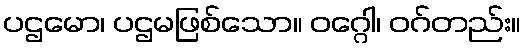
ပဌမော၊ ပဌမဖြစ်သော။ ဝဂ္ဂေါ၊ ဝဂ်တည်း။